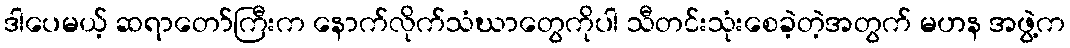
ဒါပေမယ့် ဆရာတော်ကြီးက နောက်လိုက်သံဃာတွေကိုပါ သီတင်းသုံးစေခဲ့တဲ့အတွက် မဟန အဖွဲ့က